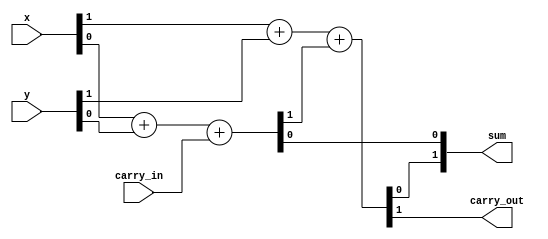
module full_adder_2_bits(
    input carry_in,
    input [1:0] x,
    input [1:0] y,
    output [1:0] sum,
    output carry_out
);
    wire carry_internal;
    assign {carry_internal, sum[0]} = x[0] + y[0] + carry_in;
    assign {carry_out, sum[1]} = x[1] + y[1] + carry_internal;
endmodule